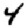
Digit: 4